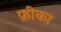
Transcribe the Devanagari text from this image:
फ़ीका